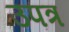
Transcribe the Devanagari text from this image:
उपत्र